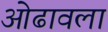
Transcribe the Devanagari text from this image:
ओढावला